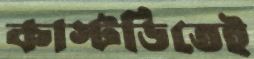
কাস্টডিতেই